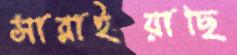
সারাইয়াছি